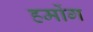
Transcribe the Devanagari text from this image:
हमोंग